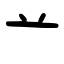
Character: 䒑